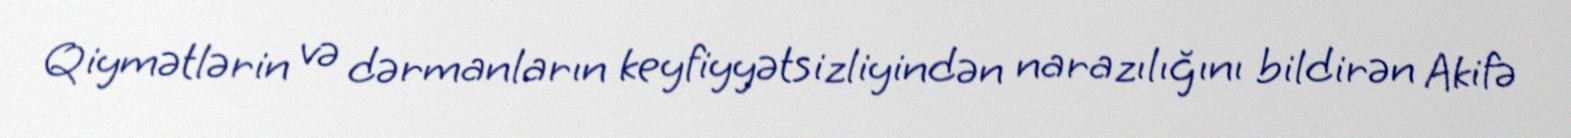
Qiymətlərin və dərmanların keyfiyyətsizliyindən narazılığını bildirən Akifə